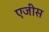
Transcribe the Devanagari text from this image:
एजीस